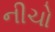
નીચો